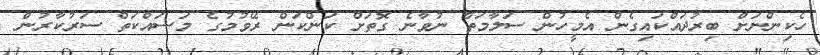
ހެކިންނަށް ބިރުދައްކައިގެން އެމީހުން ސަލާމަތް ނުވާނެ ގޮތަށް ކަންކަން ރޭވުމުގެ މަސައްކަތް ސަރުކާރުން